Lunatic asylums in Bengal annual reports 1899-1911 - 1899-1911
Year: 1899
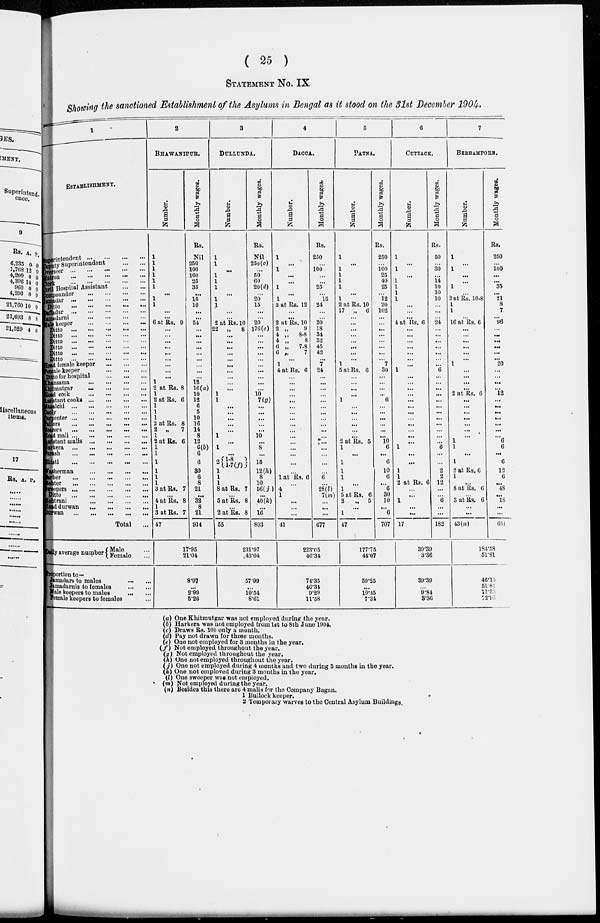
( 25 )
STATEMENT No. IX
Showing the sanctioned Establishment of the Asylums in Bengal as it stood on the 31st December 1904.
1
ESTABLISHMENT.
Superintendent
...
...
...
...
Deputy Superintendent
...
...
Overerseer
...
...
...
...
Matron
...
...
...
...
Clerk
...
...
...
...
Civil Hospital Assistant
...
...
Compounder
...
...
...
...
Jamadar
...
...
...
...
Ditto
...
...
...
...
Daffadar ... ... ... ...
Jamadarni
...
...
...
...
Male keeper
...
...
...
...
Ditto
...
...
...
...
Ditto
...
...
...
...
Ditto
...
...
...
...
Ditto
...
...
...
...
Ditto
...
...
...
...
Ditto
...
...
...
...
Head female keeper
...
...
...
...
Female keeper ... ... ...
Ditto for hospital
...
...
...
...
Khansama
...
...
...
...
Khitmutgar
...
...
...
...
Head cook
...
...
...
...
Assistant cooks
...
...
...
...
Masalchi
...
...
...
...
...
...
Cooly
...
...
...
...
...
...
Carpenter
...
...
...
...
...
...
Tilors ... ... ... ... ... ...
Barers
...
...
...
...
...
...
Head mali
...
...
...
...
Assistant malis ... ... ... ...
Harkera ... ... ... ...
Farash
...
...
...
...
Bhisti
...
...
...
...
Washerman
...
...
...
...
Barber
...
...
...
...
Mehter
...
...
...
...
Sweepers
...
...
...
...
Ditto
...
...
...
...
Mehtrani
...
...
...
...
Head durwan
...
...
...
...
Durwan
...
...
...
...
Total ... ... ... ...
Daily average number Male ...
Female ...
Proportion to—
Jamadars to males
...
...
Jamadarnis to females ...
...
Male keepers to males ...
...
Female keepers to females ...
2
BHAWANIPUR.
Number.
1
1
1
1
1
1
...
1
1
...
...
6 at Rs. 9
...
...
...
...
...
...
...
...
...
1
2 at Rs. 8
1
2 at Rs. 6
1
1
1
2 at Rs. 8
2 „
7
1
2 at Rs. 6
1
1
1
1
1
1
3 at Rs. 7
...
4 at Rs. 8
1
3 at Rs. 7
47
Monthly wages.
Rs.
Nil
250
100
160
25
35
...
15
10
...
...
54
...
...
...
...
...
...
...
...
...
12
16(a)
10
12
6
5
10
16
14
8
12
6(b)
6
6
30
6
8
21
...
32
8
21
914
17.95
21.04
8.97
...
2.99
5.20
3
DULLUNDA.
Numbe r
.
1
1
...
1
1
1
...
1
1
...
...
2 at Rs. 10
22 „
8
...
...
...
...
...
...
...
...
...
...
1
1
...
...
...
...
...
1
...
1
...
2 1-8
1-7(f)
1
1
1
8 at Rs. 7
...
8 at Rs. 8
...
2 at Rs. 8
55
Monthly wages.
Rs.
Nil
250(c)
...
50
60
20(d)
...
20
15
...
...
20
176(e)
...
...
...
...
...
...
...
...
...
...
10
7(g)
...
...
...
...
10
...
8
...
15
12(h)
8
10
56( j )
...
40(k)
...
16
803
231.97
43.04
57.99
...
10.54
8.61
4
DACCA.
Number.
1
...
1
...
...
1
...
1
2 at Rs. 12
...
...
2 at Rs. 10
2 „
9
4 „
8.8
4 „
8
6 „
7.8
6 „
7
...
1
4 at Rs. 6
...
...
...
...
...
...
...
...
...
...
...
...
...
...
...
...
1 at Rs. 6
...
4
1
...
...
...
41
Monthly wages.
Rs.
250
...
100
...
...
25
...
15
24
...
...
20
18
34
32
45
42
...
7
24
...
...
...
...
...
...
...
...
...
...
...
...
...
...
...
...
6
...
28(l)
7(m)
...
...
...
677
223.05
46.34
74.35
46.34
9.29
11.58
5
PATNA.
Number.
1
...
1
1
1
1
...
1
2 at Rs. 10
17 „ 6
...
...
...
...
...
...
...
...
1
5 at Rs. 6
...
...
...
...
1
...
...
...
2 at Rs. 5
1
...
1
1
1
...
1
5 at Rs. 6
2
„
5
...
1
47
Monthly wages.
Rs.
250
...
100 25
40
25
...
12
20
102
...
...
...
...
...
...
...
...
7
30
...
...
...
...
6
...
...
...
...
...
...
10
6
...
6
10
6
...
6
30
10
...
6
707
177.75
44.07
59.25
10.45
7.34
6
CUTTACK.
Number.
1
...
1
...
1
1
1
1
...
...
...
4 at Rs. 6
...
...
...
...
...
...
...
1
...
...
...
...
...
...
...
...
...
...
...
...
1
...
...
1
1
2 at Rs. 6
...
...
1
...
...
17
Monthly wages.
Rs.
50
...
30
...
14
10
10
10
...
...
...
21
...
...
...
...
...
...
...
6
...
...
...
...
...
...
...
...
...
...
...
...
6
...
...
2
2
12
...
...
6
...
...
182
39.39
3.36
39.39
9.84
3.36
7
BERHAMPORE.
Number.
1
...
1
...
...
1
...
2 at Rs. 10.8
1
1
...
16 at Rs. 6
...
...
...
...
...
...
1
...
...
...
...
2 at Rs. 6
...
...
...
...
...
...
...
1
1
...
1
2 at Rs. 6
1
...
8 at Rs. 6
3 at Rs. 6
...
...
43 (n)
Monthly wages.
Rs.
250
...
100 ...
...
35
...
21
8
7
...
96
...
...
...
...
...
...
20
...
...
...
...
12
...
...
...
...
...
...
...
6
6
...
6
12
6
...
48
...
18
...
...
654
184.58
51.81
46.1
51.8
11.5
12.9
(a) One Khitmutgar was not employed during the year.
(b) Harkera was not employed from 1st to 8th June 1904.
(c) Draws Rs. 100 only a month.
(d) Pay not drawn for three months.
(e) One not employed for 3 months in the year.
(f) Not employed throughout the year.
(g) Not employed throughout the year.
(h) One not employed throughout the year.
(j) One not employed during 4 months and two during 5 months in the year.
(k) One not employed during 3 months in the year.
(l) One sweeper was not employed.
(m) Not employed during the year.
(n) Besides this there are 4 malis for the Company Bagan.
1 Bullock keeper.
2 Temporary warves to the Central Asylum Buildings.